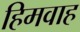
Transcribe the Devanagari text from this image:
हिमवाह